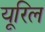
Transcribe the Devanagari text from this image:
यूरिल